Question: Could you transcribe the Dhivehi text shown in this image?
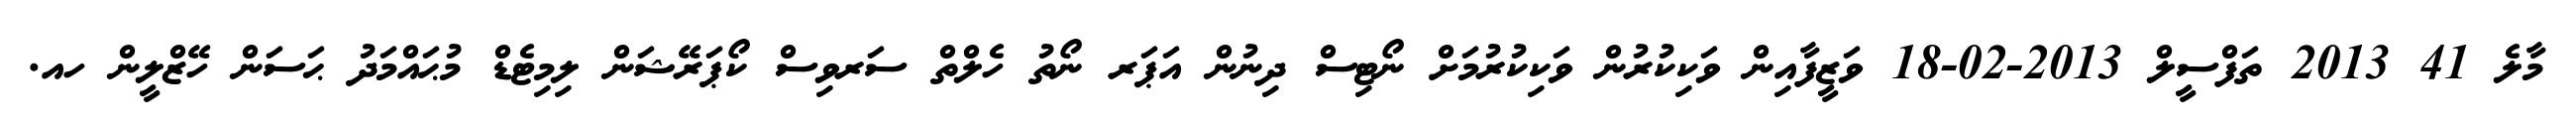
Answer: މާލެ 41 2013 ތަފްސީލް 2013-02-18 ވަޒީފާއިން ވަކިކުރުން ވަކިކުރުމަށް ނޯޓިސް ދިނުން އަޕަރ ނޯތު ހެލްތް ސަރވިސް ކޯޕަރޭޝަން ލިމިޓެޑް މުޙައްމަދު ޙަސަން ހޭޒްލީން ހއ.